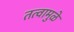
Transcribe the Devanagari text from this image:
तत्वामुळे